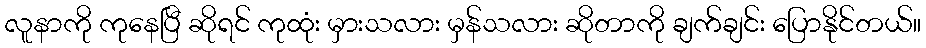
လူနာကို ကုနေပြီ ဆိုရင် ကုထုံး မှားသလား မှန်သလား ဆိုတာကို ချက်ချင်း ပြောနိုင်တယ်။